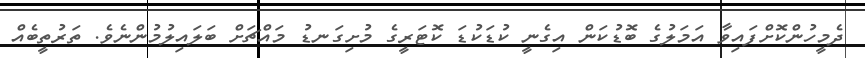
ދެމީހުންކޮށްފައިވާ އަމަލުގެ ބޮޑުކަން އިގެނީ ކުޑަކުޑަ ކޮޓަރީގެ މުށިގަނޑު މައްޗަށް ބަލައިލުމުންނެވެ. ތަރުތީބެއް